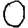
Digit: 0